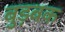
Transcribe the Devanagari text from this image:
बुड़बक